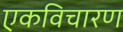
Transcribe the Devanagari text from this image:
एकविचारण